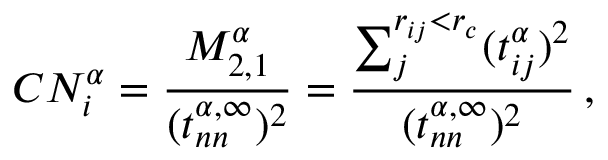
C N _ { i } ^ { \alpha } = \frac { M _ { 2 , 1 } ^ { \alpha } } { ( t _ { n n } ^ { \alpha , \infty } ) ^ { 2 } } = \frac { \sum _ { j } ^ { r _ { i j } < r _ { c } } ( t _ { i j } ^ { \alpha } ) ^ { 2 } } { ( t _ { n n } ^ { \alpha , \infty } ) ^ { 2 } } \, ,